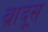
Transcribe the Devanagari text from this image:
ब्रादूस